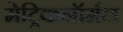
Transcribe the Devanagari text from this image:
मेट्रिकनॉर्मल